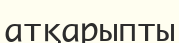
атқарыпты